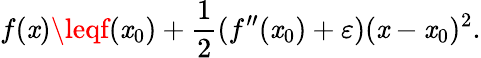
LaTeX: f(\mathit{x})\leqf(\mathit{x}_{0})+{\frac{{1}}{{2}}}(f^{\prime\prime}(\mathit{x}_{0})+\varepsilon)(\mathit{x}-\mathit{x}_{0})^{2}.